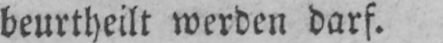
beurtheilt werden darf.